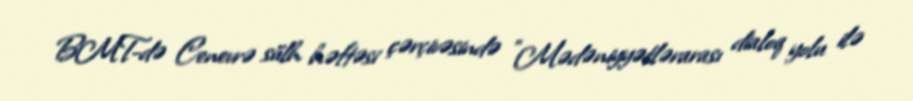
BMT-də Cenevrə sülh həftəsi çərçivəsində "Mədəniyyətlərarası dialoq yolu ilə